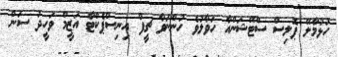
ހުޅުމާލޭ ޕޮލިސް ސްޓޭޝަންއާ ހަވާލުވެ ހުންނަވާ ޗީފް އިނިސްޕެކްޓާ އަޒީމް ވަހީދު ސަން